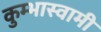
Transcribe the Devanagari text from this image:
कुम्भास्वामी